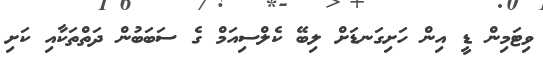
ވިޓަމިން ޑީ އިން ހަށިގަނޑަށް ލިބޭ ކެލްސިއަމް ގެ ސަބަބުން ދަތްތަކާއި ކަށި